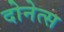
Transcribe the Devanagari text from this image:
दोनेत्स